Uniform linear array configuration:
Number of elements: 16
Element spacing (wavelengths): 1
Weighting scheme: uniform
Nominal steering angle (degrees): -30
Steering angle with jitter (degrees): -30.29
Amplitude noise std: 0.05
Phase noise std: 0.05

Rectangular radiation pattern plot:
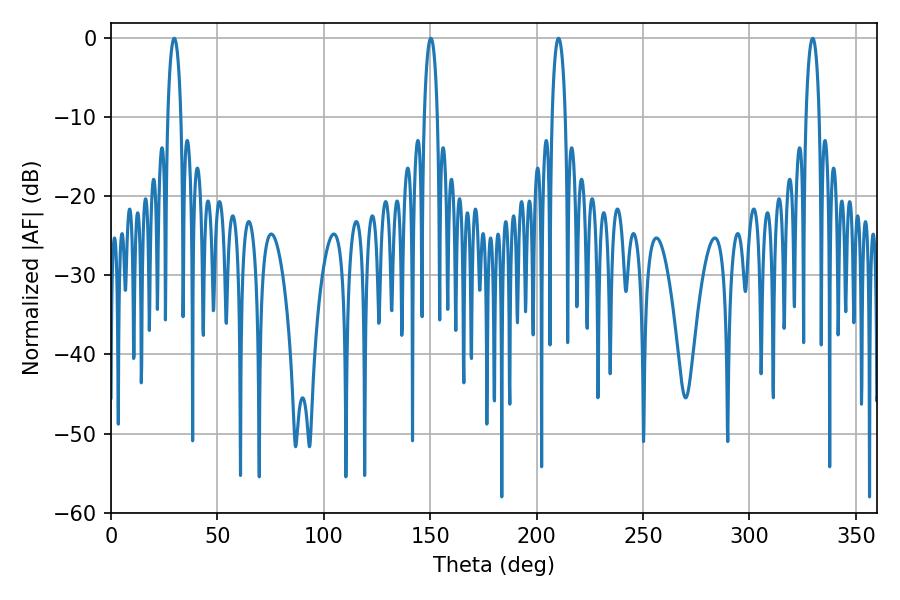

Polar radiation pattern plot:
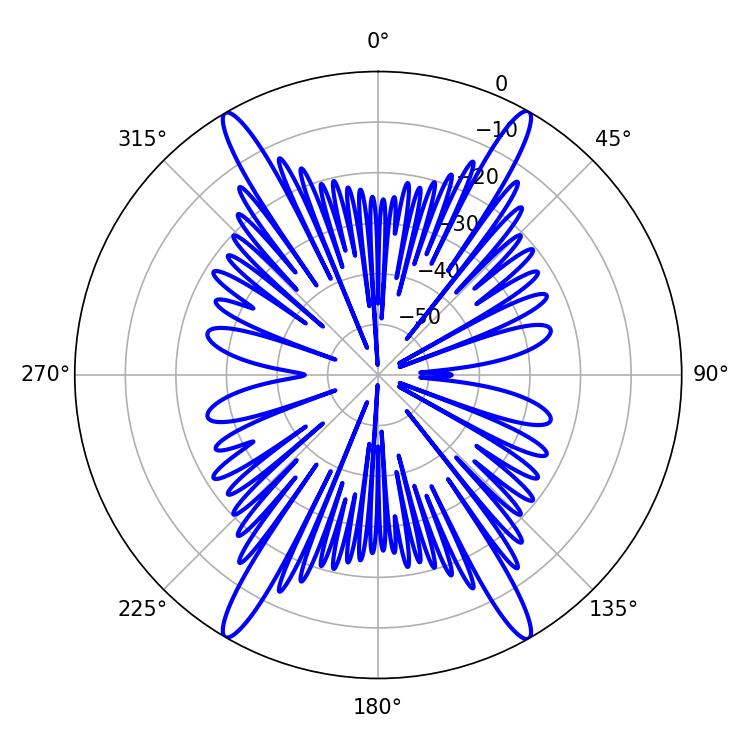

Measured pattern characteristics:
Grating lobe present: TRUE
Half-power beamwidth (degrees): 3.6
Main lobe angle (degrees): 150.3